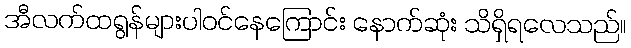
အီလက်ထရွန်များပါဝင်နေကြောင်း နောက်ဆုံး သိရှိရလေသည်။